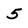
Character: 5